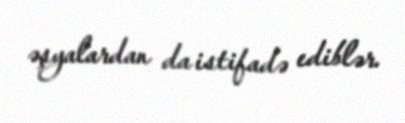
əşyalardan da istifadə ediblər.